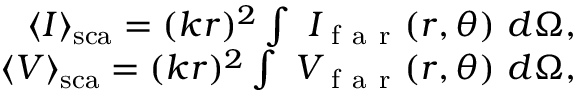
\begin{array} { r } { \langle I \rangle _ { \mathrm { { s c a } } } = ( k r ) ^ { 2 } \int ~ I _ { \mathrm { ~ f ~ a ~ r ~ } } ( r , \theta ) ~ d \Omega , } \\ { \langle V \rangle _ { \mathrm { { s c a } } } = ( k r ) ^ { 2 } \int ~ V _ { \mathrm { ~ f ~ a ~ r ~ } } ( r , \theta ) ~ d \Omega , } \end{array}